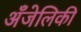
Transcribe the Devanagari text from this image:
अँजेलिकी